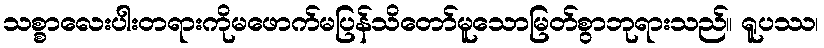
သစ္စာလေးပါးတရားကိုမဖောက်မပြန်သိတော်မူသောမြတ်စွာဘုရားသည်။ ရူပဿ၊